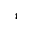
_ 4